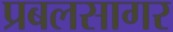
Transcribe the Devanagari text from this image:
प्रबलसागर